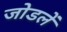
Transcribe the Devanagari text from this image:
जोडलें